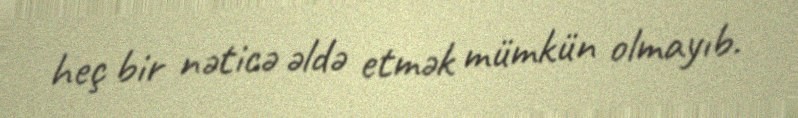
heç bir nəticə əldə etmək mümkün olmayıb.